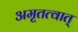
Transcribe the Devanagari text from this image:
अमृतत्वात्